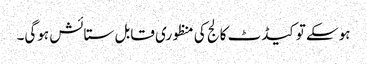
ہوسکے تو کیڈٹ کالج کی منظوری قابل ستائش ہوگی۔